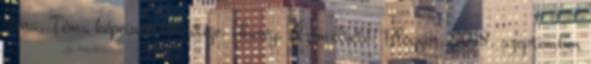
téma. Téma képeinek készítője: chuwy. Üzemeltető: Blogger. 2018. szeptember